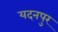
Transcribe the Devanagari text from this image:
यदनपुर